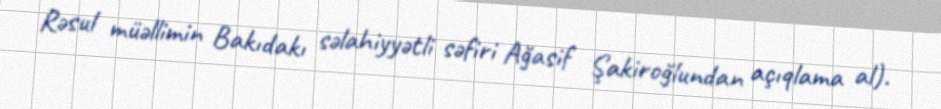
Rəsul müəllimin Bakıdakı səlahiyyətli səfiri Ağasif Şakiroğlundan açıqlama al).